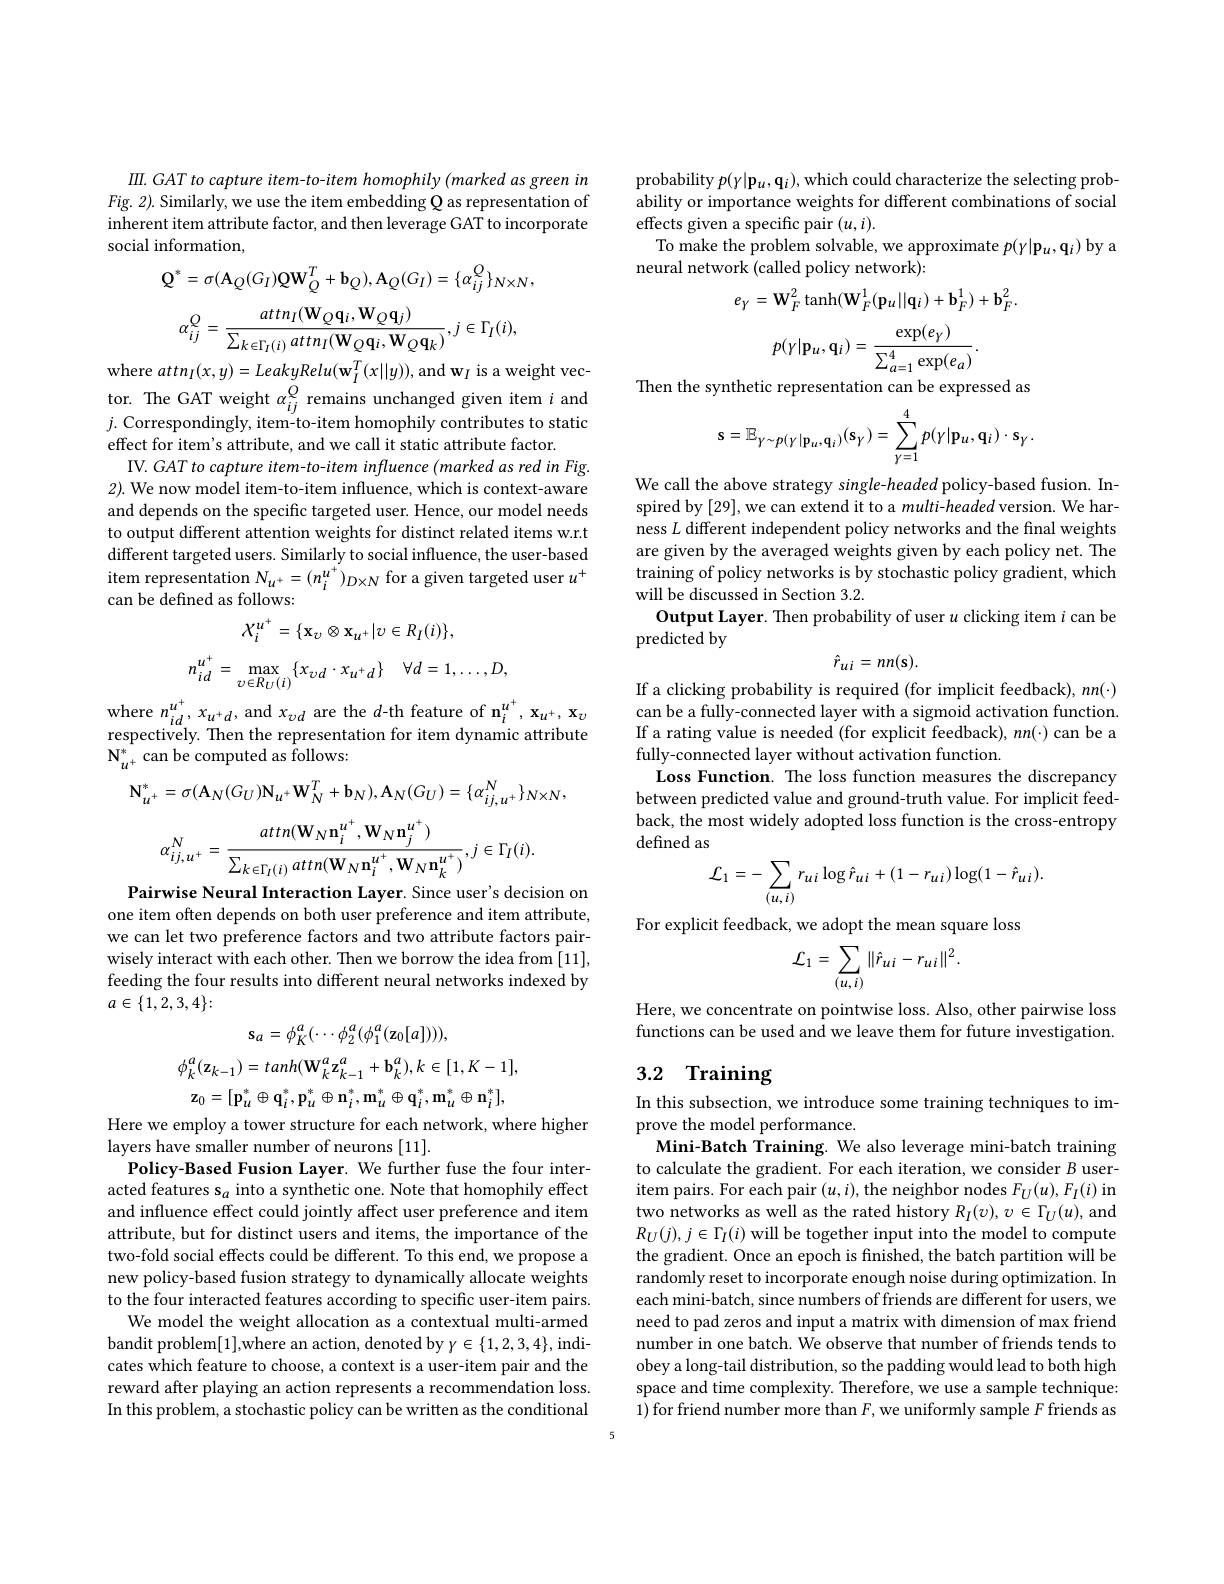
$\Pi . GAT\textit{ to capture item- to- item homophily ( marked as green in }$ $Fig.2).$ Similarly, we use the item embedding Q as representation of inherent item attribute factor, and then leverage GAT to incorporate social information,
$$\mathbf{Q}^{*}=\sigma(\mathbf{A}_{Q}(G_{I})\mathbf{QW}_{Q}^{T}+\mathbf{b}_{Q}),\mathbf{A}_{Q}(G_{I})=\{\alpha_{ij}^{Q}\}_{N\times N}$$
$$\alpha_{ij}^{Q}=\frac{attn_{I}(\mathbf{W}_{Q}\mathbf{q}_{i},\mathbf{W}_{Q}\mathbf{q}_{j})}{\sum_{k\in\Gamma_{I}(i)}attn_{I}(\mathbf{W}_{Q}\mathbf{q}_{i},\mathbf{W}_{Q}\mathbf{q}_{k})},j\in\Gamma_{I}(i),$$
where $attn_{I}(x,y)=LeakyRelu(\mathbf{w}_{I}^{T}(x||y))$,and $\mathbf{w}_{I}$ is a weight vector. The GAT weight $\alpha _{ij}^{Q}$ remains unchanged given item $i$ and $j.$ Correspondingly, item- to- item homophily contributes to static effect for item's attribute, and we call it static attribute factor.
IV. GAT to capture item-to-item influence (marked as red in Fig. 2). We now model item-to-item influence, which is context-aware and depends on the specific targeted user. Hence, our model needs to output different attention weights for distinct related items w.r.t different targeted users. Similarly to social influence, the user-based item representation $N_u^+=(n_i^{u^+})_{D\times N}$ for a given targeted user $u^+$ can be defined as follows:
$$X_{i}^{u^{+}}=\{\mathbf{x}_{\upsilon}\otimes\mathbf{x}_{u^{+}}|v\in R_{I}(i)\},\\n_{id}^{u^{+}}=\max_{\upsilon\in R_{U}(i)}\{x_{\upsilon d}\cdot x_{u^{+}d}\}\quad\forall d=1,\ldots,D,$$
where $n_id^{u^{+}},x_{u^{+}d}$, and $x_\upsilon d$ are the $d$-th feature of n$_i^{u^{+}},\mathbf{x}_{u^{+}},\mathbf{x}_{v}$ respectively. Then the representation for item dynamic attribute $\mathbf{N}_{u^{+}}^{*}$can be computed as follows:
$$\mathbf{N}_{u^{+}}^{*}=\sigma(\mathbf{A}_{N}(G_{U})\mathbf{N}_{u^{+}}\mathbf{W}_{N}^{T}+\mathbf{b}_{N}),\mathbf{A}_{N}(G_{U})=\{\alpha_{ij,u^{+}}^{N}\}_{N\times N},$$
$$\alpha_{ij,u^{+}}^{N}=\frac{attn(\mathbf{W}_{N}\mathbf{n}_{i}^{u^{+}},\mathbf{W}_{N}\mathbf{n}_{j}^{u^{+}})}{\sum_{k\in\Gamma_{I}(i)}attn(\mathbf{W}_{N}\mathbf{n}_{i}^{u^{+}},\mathbf{W}_{N}\mathbf{n}_{k}^{u^{+}})},j\in\Gamma_{I}(i).$$
Pairwise Neural Interaction Layer. Since user's decision on one item often depends on both user preference and item attribute, we can let two preference factors and two attribute factors pairwisely interact with each other. Then we borrow the idea from [11], feeding the four results into different neural networks indexed by $a\in\{1,2,3,4\}:$
$$\mathbf{s}_{a}=\phi_{K}^{a}(\cdots\phi_{2}^{a}(\phi_{1}^{a}(\mathbf{z}_{0}[a]))),$$
$$\phi_{k}^{a}(\mathbf{z}_{k-1})=tanh(\mathbf{W}_{k}^{a}\mathbf{z}_{k-1}^{a}+\mathbf{b}_{k}^{a}),k\in[1,K-1],$$
$$\mathbf{z}_{0}=[\mathbf{p}_{u}^{*}\oplus\mathbf{q}_{i}^{*},\mathbf{p}_{u}^{*}\oplus\mathbf{n}_{i}^{*},\mathbf{m}_{u}^{*}\oplus\mathbf{q}_{i}^{*},\mathbf{m}_{u}^{*}\oplus\mathbf{n}_{i}^{*}],$$
Here we employ a tower structure for each network, where higher
layers have smaller number of neurons [11].
Policy-Based Fusion Layer. We further fuse the four interacted features s$_a$ into a synthetic one. Note that homophily effect and influence effect could jointly affect user preference and item attribute, but for distinct users and items, the importance of the two-fold social effects could be different. To this end, we propose a new policy-based fusion strategy to dynamically allocate weights to the four interacted features according to specific user-item pairs.
We model the weight allocation as a contextual multi-armed bandit problem[1],where an action, denoted by $\gamma\in\{1,2,3,4\}$,indicates which feature to choose, a context is a user-item pair and the reward after playing an action represents a recommendation loss. In this problem, a stochastic policy can be written as the conditional

probability $p(y|\mathbf{p}_u,\mathbf{q}_i)$,which could characterize the selecting probability or importance weights for different combinations of social effects given a specific pair $(u,i).$
To make the problem solvable, we approximate $p(\gamma|\mathbf{p}_u,\mathbf{q}_i)$ by a
neural network (called policy network):
$$e_{Y}=\mathbf{W}_{F}^{2}\tanh(\mathbf{W}_{F}^{1}(\mathbf{p}_{u}||\mathbf{q}_{i})+\mathbf{b}_{F}^{1})+\mathbf{b}_{F}^{2}.$$
$$p(\gamma|\mathbf{p}_u,\mathbf{q}_i)=\frac{\exp(e_\gamma)}{\sum_{a=1}^4\exp(e_a)}.$$
Then the synthetic representation can be expressed as
$$\mathbf{s}=\mathbb{E}_{\gamma\sim p(\gamma|\mathbf{p}_{u},\mathbf{q}_{i})}(\mathbf{s}_{\gamma})=\sum_{\gamma=1}^{4}p(\gamma|\mathbf{p}_{u},\mathbf{q}_{i})\cdot\mathbf{s}_{\gamma}\:.$$
We call the above strategy single-headed policy-based fusion. Inspired by [29], we can extend it to a multi-headed version. We harness $L$ different independent policy networks and the final weights are given by the averaged weights given by each policy net. The training of policy networks is by stochastic policy gradient, which will be discussed in Section 3.2.
Output Layer. Then probability of user $u$ clicking item $i$ can be
predicted by
$$\hat{r}_{ui}=nn(\mathbf{s}).$$
If a clicking probability is required (for implicit feedback), $nn(\cdot)$ can be a fully-connected layer with a sigmoid activation function. If a rating value is needed (for explicit feedback), $nn(\cdot)$ can be a fully-connected layer without activation function.
Loss Function. The loss function measures the discrepancy between predicted value and ground-truth value. For implicit feedback, the most widely adopted loss function is the cross-entropy defined as
$$\mathcal{L}_{1}=-\sum_{(u,i)}r_{ui}\log\hat{r}_{ui}+(1-r_{ui})\log(1-\hat{r}_{ui}).$$
For explicit feedback, we adopt the mean square loss
$$\mathcal{L}_{1}=\sum_{(u,i)}\|\hat{r}_{ui}-r_{ui}\|^{2}.$$
Here, we concentrate on pointwise loss. Also, other pairwise loss functions can be used and we leave them for future investigation.

## 3.2 Training

In this subsection, we introduce some training techniques to im-
prove the model performance.
Mini-Batch Training. We also leverage mini-batch training to calculate the gradient. For each iteration, we consider $B$ useritem pairs. For each pair $(u,i)$, the neighbor nodes $F_U(u),F_I(i)$ in two networks as well as the rated history $R_I(v),v\in\Gamma_U(u)$, and $R_U(j),j\in\Gamma_I(i)$ will be together input into the model to compute the gradient. Once an epoch is finished, the batch partition will be randomly reset to incorporate enough noise during optimization. In each mini-batch, since numbers of friends are different for users, we need to pad zeros and input a matrix with dimension of max friend number in one batch. We observe that number of friends tends to obey a long-tail distribution, so the padding would lead to both high space and time complexity. Therefore, we use a sample technique: 1) for friend number more than $F$, we uniformly sample $F$ friends as

5